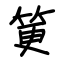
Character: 筻